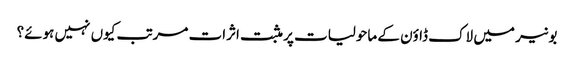
بونیر میں لاک ڈاؤن کے ماحولیات پر مثبت اثرات مرتب کیوں نہیں ہوئے؟